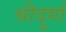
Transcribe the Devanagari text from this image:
श्रीदुर्गा